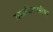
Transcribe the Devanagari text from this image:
गमतीजमतींवर